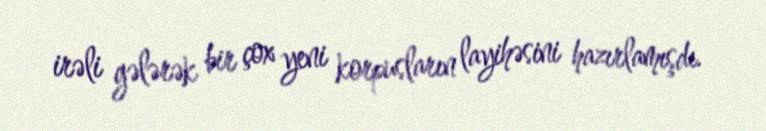
irəli gələrək bir çox yeni korpusların layihəsini hazırlamışdı.